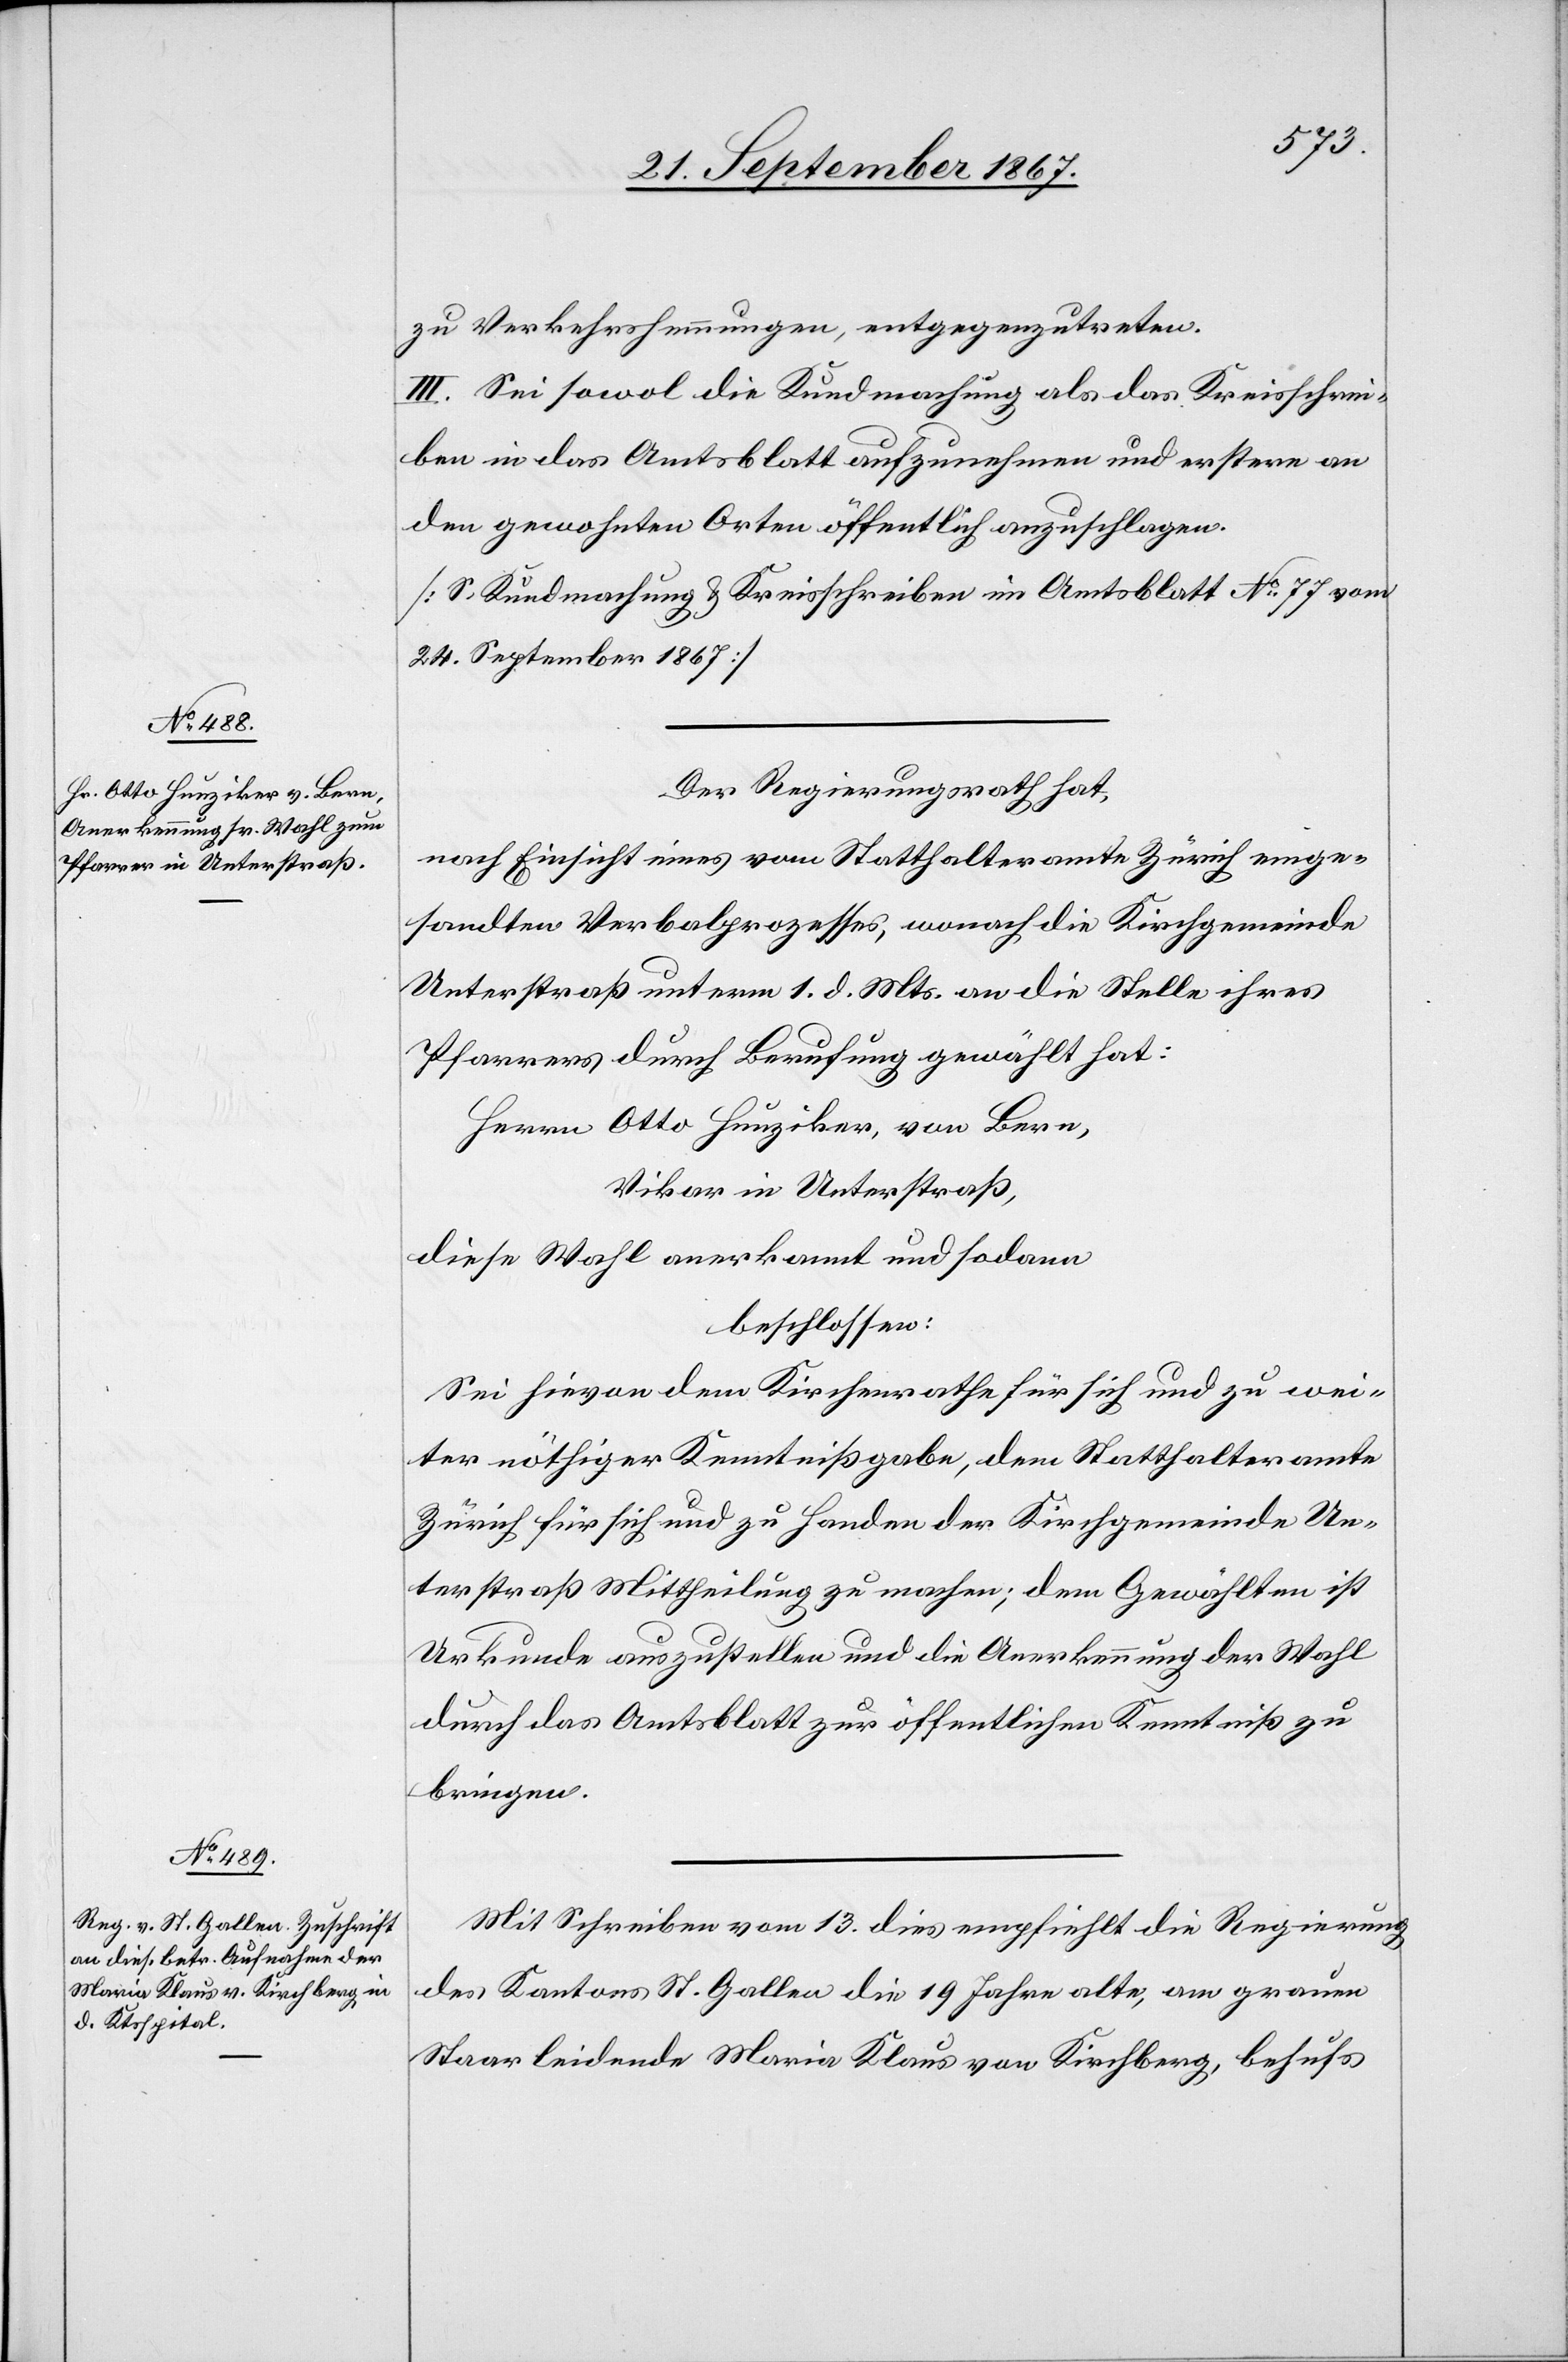
zu Verkehrshemmungen, entgegenzutreten.
III. Sei sowol die Kundmachung als das Kreisschrei¬
ben in das Amtsblatt aufzunehmen und erstere an
den gewohnten Orten öffentlich anzuschlagen.
[S. Kundmachung u. Kreisschreiben im Amtsblatt No. 77 vom
24. September 1867.]
Der Regierungsrath hat,
nach Einsicht eines vom Statthalteramte Zürich einge¬
sandten Verbalprozesses, wonach die Kirchgemeinde
Unterstraß unterm 1. d. Mts. an die Stelle ihres
Pfarrers durch Berufung gewählt hat:
Herrn Otto Hunziker, von Bern,
Vikar in Unterstraß,
diese Wahl anerkannt und sodann
beschlossen:
Sei hievon dem Kirchenrathe für sich und zu wei¬
ter nöthiger Kenntnißgabe, dem Statthalteramte
Zürich für sich und zu Handen der Kirchgemeinde Un¬
terstraß Mittheilung zu machen; dem Gewählten ist
Urkunde auszustellen und die Anerkennung der Wahl
durch das Amtsblatt zur öffentlichen Kenntniß zu
bringen.
Mit Schreiben vom 13. dies empfiehlt die Regierung
des Kantons St. Gallen die 19 Jahre alte, am grauen
Staar leidende Maria Klaus von Kirchberg, behufs